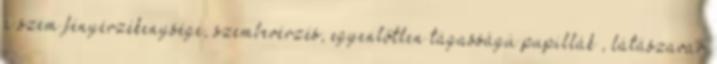
a szem fényérzékenysége, szembevérzés, egyenlőtlen tágasságú pupillák , látászavar